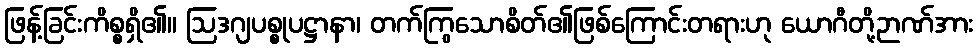
ဖြန့်ခြင်းကိစ္စရှိ၏။ ဩဒဂျပစ္စုပဋ္ဌာနာ၊ တက်ကြွသောစိတ်၏ဖြစ်ကြောင်းတရားဟု ယောဂီတို့ဉာဏ်အား